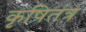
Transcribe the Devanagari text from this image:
कृषितंत्र